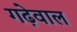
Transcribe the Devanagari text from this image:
गढ़ेवाल